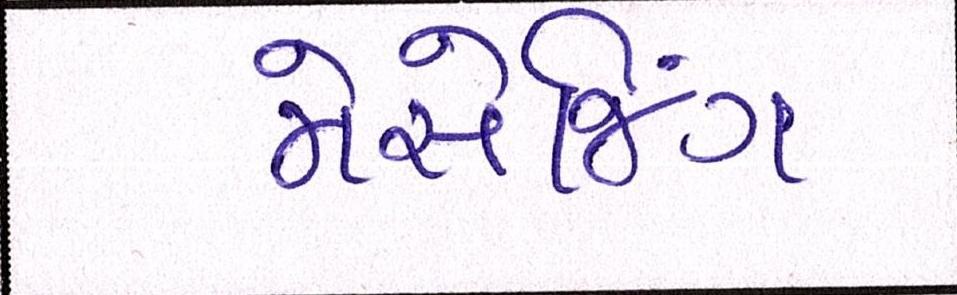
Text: મેસેજિંગ